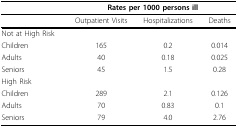
<table><thead><tr><td></td><td colspan="3"><b>Rates per 1000 persons ill</b></td></tr></thead><tbody><tr><td></td><td>Outpatient Visits</td><td>Hospitalizations</td><td>Deaths</td></tr><tr><td>Not at High Risk</td><td></td><td></td><td></td></tr><tr><td>Children</td><td>165</td><td>0.2</td><td>0.014</td></tr><tr><td>Adults</td><td>40</td><td>0.18</td><td>0.025</td></tr><tr><td>Seniors</td><td>45</td><td>1.5</td><td>0.28</td></tr><tr><td>High Risk</td><td></td><td></td><td></td></tr><tr><td>Children</td><td>289</td><td>2.1</td><td>0.126</td></tr><tr><td>Adults</td><td>70</td><td>0.83</td><td>0.1</td></tr><tr><td>Seniors</td><td>79</td><td>4.0</td><td>2.76</td></tr></tbody></table>